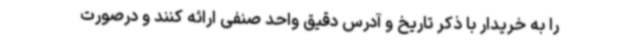
را به خریدار با ذکر تاریخ و آدرس دقیق واحد صنفی ارائه کنند و درصورت